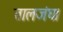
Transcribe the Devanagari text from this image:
तालजंघ।